Annual report on the working of the Harcourt Butler Institute of Public Health, Rangoon
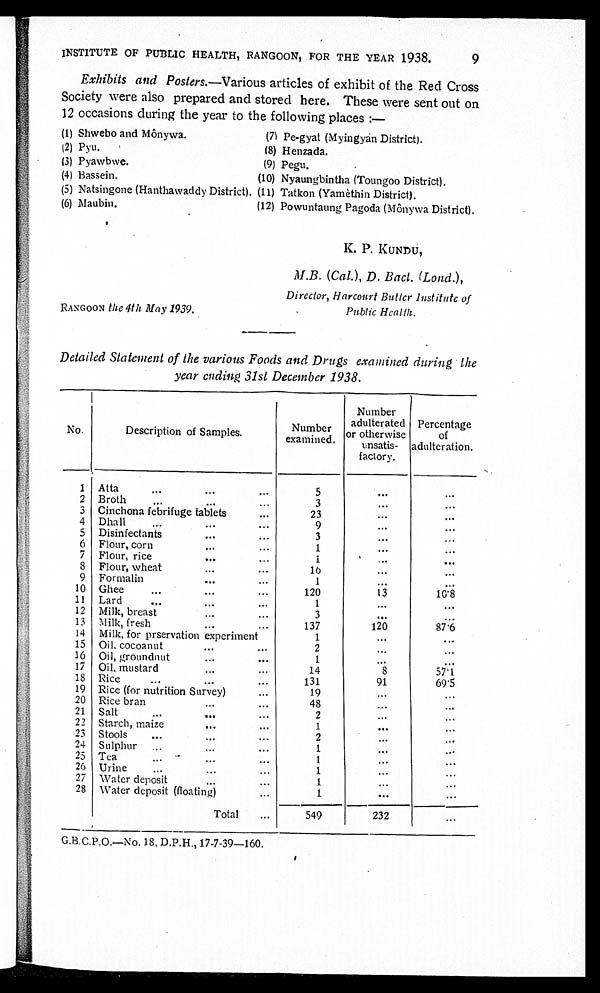
INSTITUTE OF PUBLIC HEALTH, RANGOON, FOR THE YEAR 1938.
9
Exhibits and Posters.—Various articles of exhibit of the Red Cross
Society were also prepared and stored here. These were sent out on
12 occasions during the year to the following places :—
(1) Shwebo and Mônywa.
(7) Pe-gyat (Myingyan District).
(2) Pyu.
(8) Henzada.
(3) Pyawbwe.
(9) Pegu.
(4) Bassein.
(10) Nyaungbintha (Toungoo District).
(5) Natsingone (Hanthawaddy District). (11) Tatkon (Yamèthin District).
(6) Maubin.
(12) Powuntaung Pagoda (Mônywa District).
K. P. KUNDU,
M.B. (Cal.), D. Bact. (Lond.),
Director, Harcourt Butler Institute of
RANGOON the 4th May 1939.
Public Health.
Detailed Statement of the various Foods and Drugs examined during the
year ending 31st December 1938.
No.
Description of Samples.
Number
examined.
Number
adulterated
or otherwise
unsatis-
factory.
Percentage
of
adulteration.
1 Atta
...
...
...
5
...
. . .
2 Broth
...
...
...
3
...
. . .
3 Cinchona febrifuge tablets
...
23
. . .
. . .
4 Dhall
...
...
...
9
...
. . .
5 Disinfectants
...
...
3
. . .
...
6 Flour, corn
1
. . .
...
7 Flour, rice
...
...
1
. . .
. . .
8 Flour, wheat
...
1 6
...
. . .
9 Formalin
...
...
1
. . .
. . .
10 Ghee
...
...
120
13
10.8
11 Lard
...
...
...
1
. . .
. . .
12 Milk, breast
...
...
3
. . .
. . .
13 Milk, fresh
...
...
137
120
87.6
14 Milk, for prservation experiment
1
...
. . .
15 Oil, cocoanut
...
...
2
...
. . .
16 Oil, groundnut
...
...
1
...
...
17 Oil, mustard
14
8
57.1
18 Rice
...
...
...
131
91
69.5
19 Rice (for nutrition Survey)
...
19
. . .
...
20 Rice bran
...
...
48
...
...
21 Salt
...
...
...
2
...
22 Starch, maize
...
...
1
. . .
. . .
23 Stools
...
...
...
2
. . .
...
24 Sulphur
...
...
...
1
. . .
. . .
25
Tea
...
...
1
...
...
26
Urine
...
...
...
1
...
...
27
Water deposit
...
...
1
...
...
28 Water deposit (floating)
...
1
. . .
...
Total
...
549
232
...
G.B.C.P.O.—No. 18, D.P.H., 17-7-39—160.